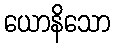
ယောနိသော